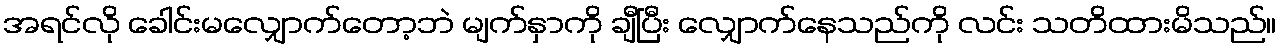
အရင်လို ခေါင်းမလျှောက်တော့ဘဲ မျက်နှာကို ချီပြီး လျှောက်နေသည်ကို လင်း သတိထားမိသည်။